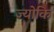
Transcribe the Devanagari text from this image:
ज्योकि